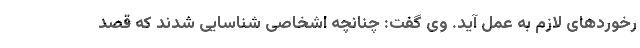
رخوردهای لازم به عمل آید. وی گفت: چنانچه اشخاصی شناسایی شدند که قصد